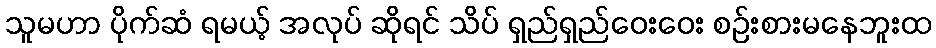
သူမဟာ ပိုက်ဆံ ရမယ့် အလုပ် ဆိုရင် သိပ် ရှည်ရှည်ဝေးဝေး စဉ်းစားမနေဘူးထ